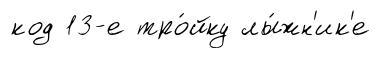
код 13-е тро́йку лы́жн'ик'е